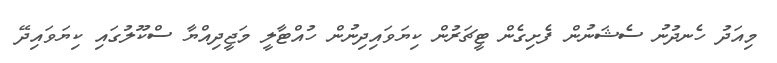
މިއަދު ހެނދުނު ސެޝަނުން ފެށިގެން ޓީޗަރުން ކިޔަވައިދިނުން ހުއްޓާލީ މަޖީދިއްޔާ ސްކޫލުގައި ކިޔަވައިދޭ